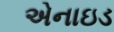
એનાઇડ